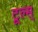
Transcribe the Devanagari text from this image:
टूल्स्